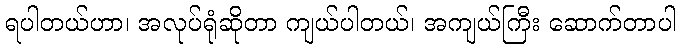
ရပါတယ်ဟာ၊ အလုပ်ရုံဆိုတာ ကျယ်ပါတယ်၊ အကျယ်ကြီး ဆောက်တာပါ